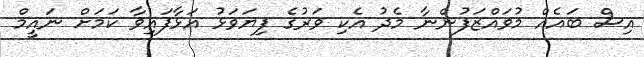
އިސް ބައެއް މުވައްޒަފުންނާ މެދު އެކި ވަރުގެ ފިޔަވަޅު އަޅާފައިވާ ކަމަށް ނައީމް